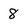
Character: 8